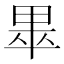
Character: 𱰰